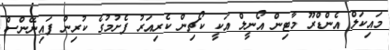
މައިކަލް އެންޑްރޫ މާޓިން އޯނީލް އަކީ ކޯޗިން ކެރިއަރު ފެށުމުގެ ކުރިން ފައިނޭންސް